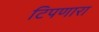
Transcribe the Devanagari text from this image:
टिपणारा